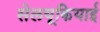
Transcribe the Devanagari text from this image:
सेलयूकियाई